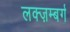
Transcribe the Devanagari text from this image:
लक्ज़म्बर्ग